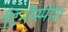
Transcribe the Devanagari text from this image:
टिनोस्पोरा